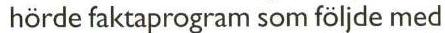
hörde faktaprogram som följde med